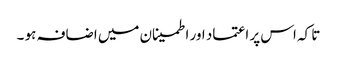
تا کہ اس پر اعتماد اور اطمینان میں اضافہ ہو ۔